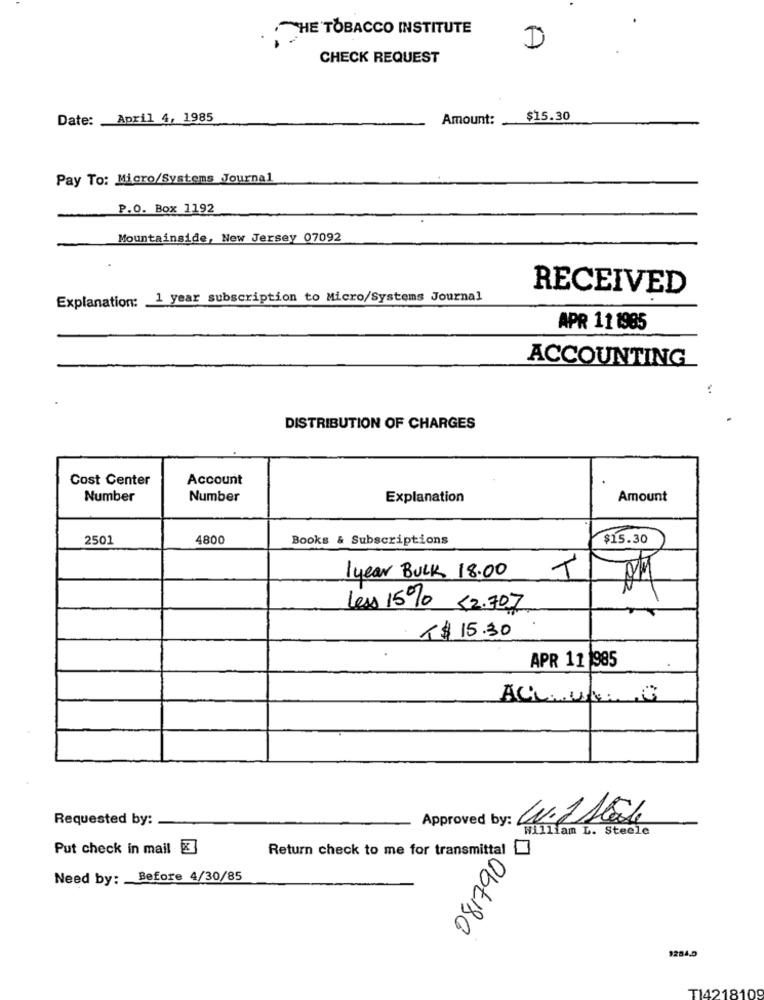
THE TOBACCO INSTITUTE
D
CHECK REQUEST
Date: April 4, 1985
Amount:
$15.30
Pay To: Micro/Systems Journal
P.O. Box 1192
Mountainside, New Jersey 07092
RECEIVED
Explanation: 1 year subscription to Micro/Systems Journal
APR 11 1985
ACCOUNTING
:
DISTRIBUTION OF CHARGES
Cost Center
Account
Number
Number
Explanation
Amount
2501
4800
Books & Subscriptions
$15.30
1 year BULK 18.00
T
less 15% <2.707
R$ 15.30
APR 11 985
ACL.u. C
Requested by:
Approved by: WV.1 124
William L. Steele
Put check in mail
Return check to me for transmittal
081790
Need by: Before 4/30/85
$284.0
Tid218109